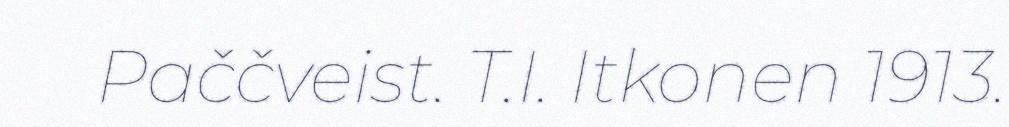
Paččveist. T.I. Itkonen 1913.